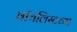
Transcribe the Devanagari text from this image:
वॉचलिस्टच्या